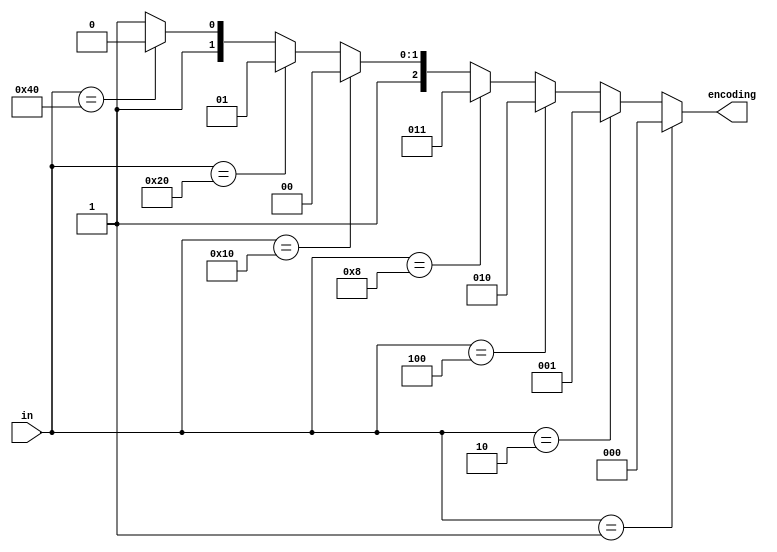
module A2Q1_encoder8to3 (in, encoding);
    input[7:0] in;
    output[2:0] encoding;
    reg[2:0] encoding;
    always @(in) begin
        if (in == 8'b00000001) begin
            encoding = 3'b000;
        end
        else if (in == 8'b00000010) begin
            encoding = 3'b001;
        end
        else if (in == 8'b00000100) begin
            encoding = 3'b010;
        end
        else if (in == 8'b00001000) begin
            encoding = 3'b011;
        end
        else if (in == 8'b00010000) begin
            encoding = 3'b100;
        end
        else if (in == 8'b00100000) begin
            encoding = 3'b101;
        end
        else if (in == 8'b01000000) begin
            encoding = 3'b110;
        end
        else begin
            encoding = 3'b111;
        end
    end
endmodule